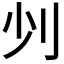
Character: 𠚺